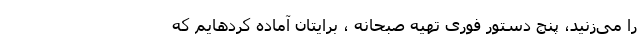
را می‌زنید، پنج دستور فوری تهیه صبحانه ، برایتان آماده کردهایم که